Riigikantselei, lk 99
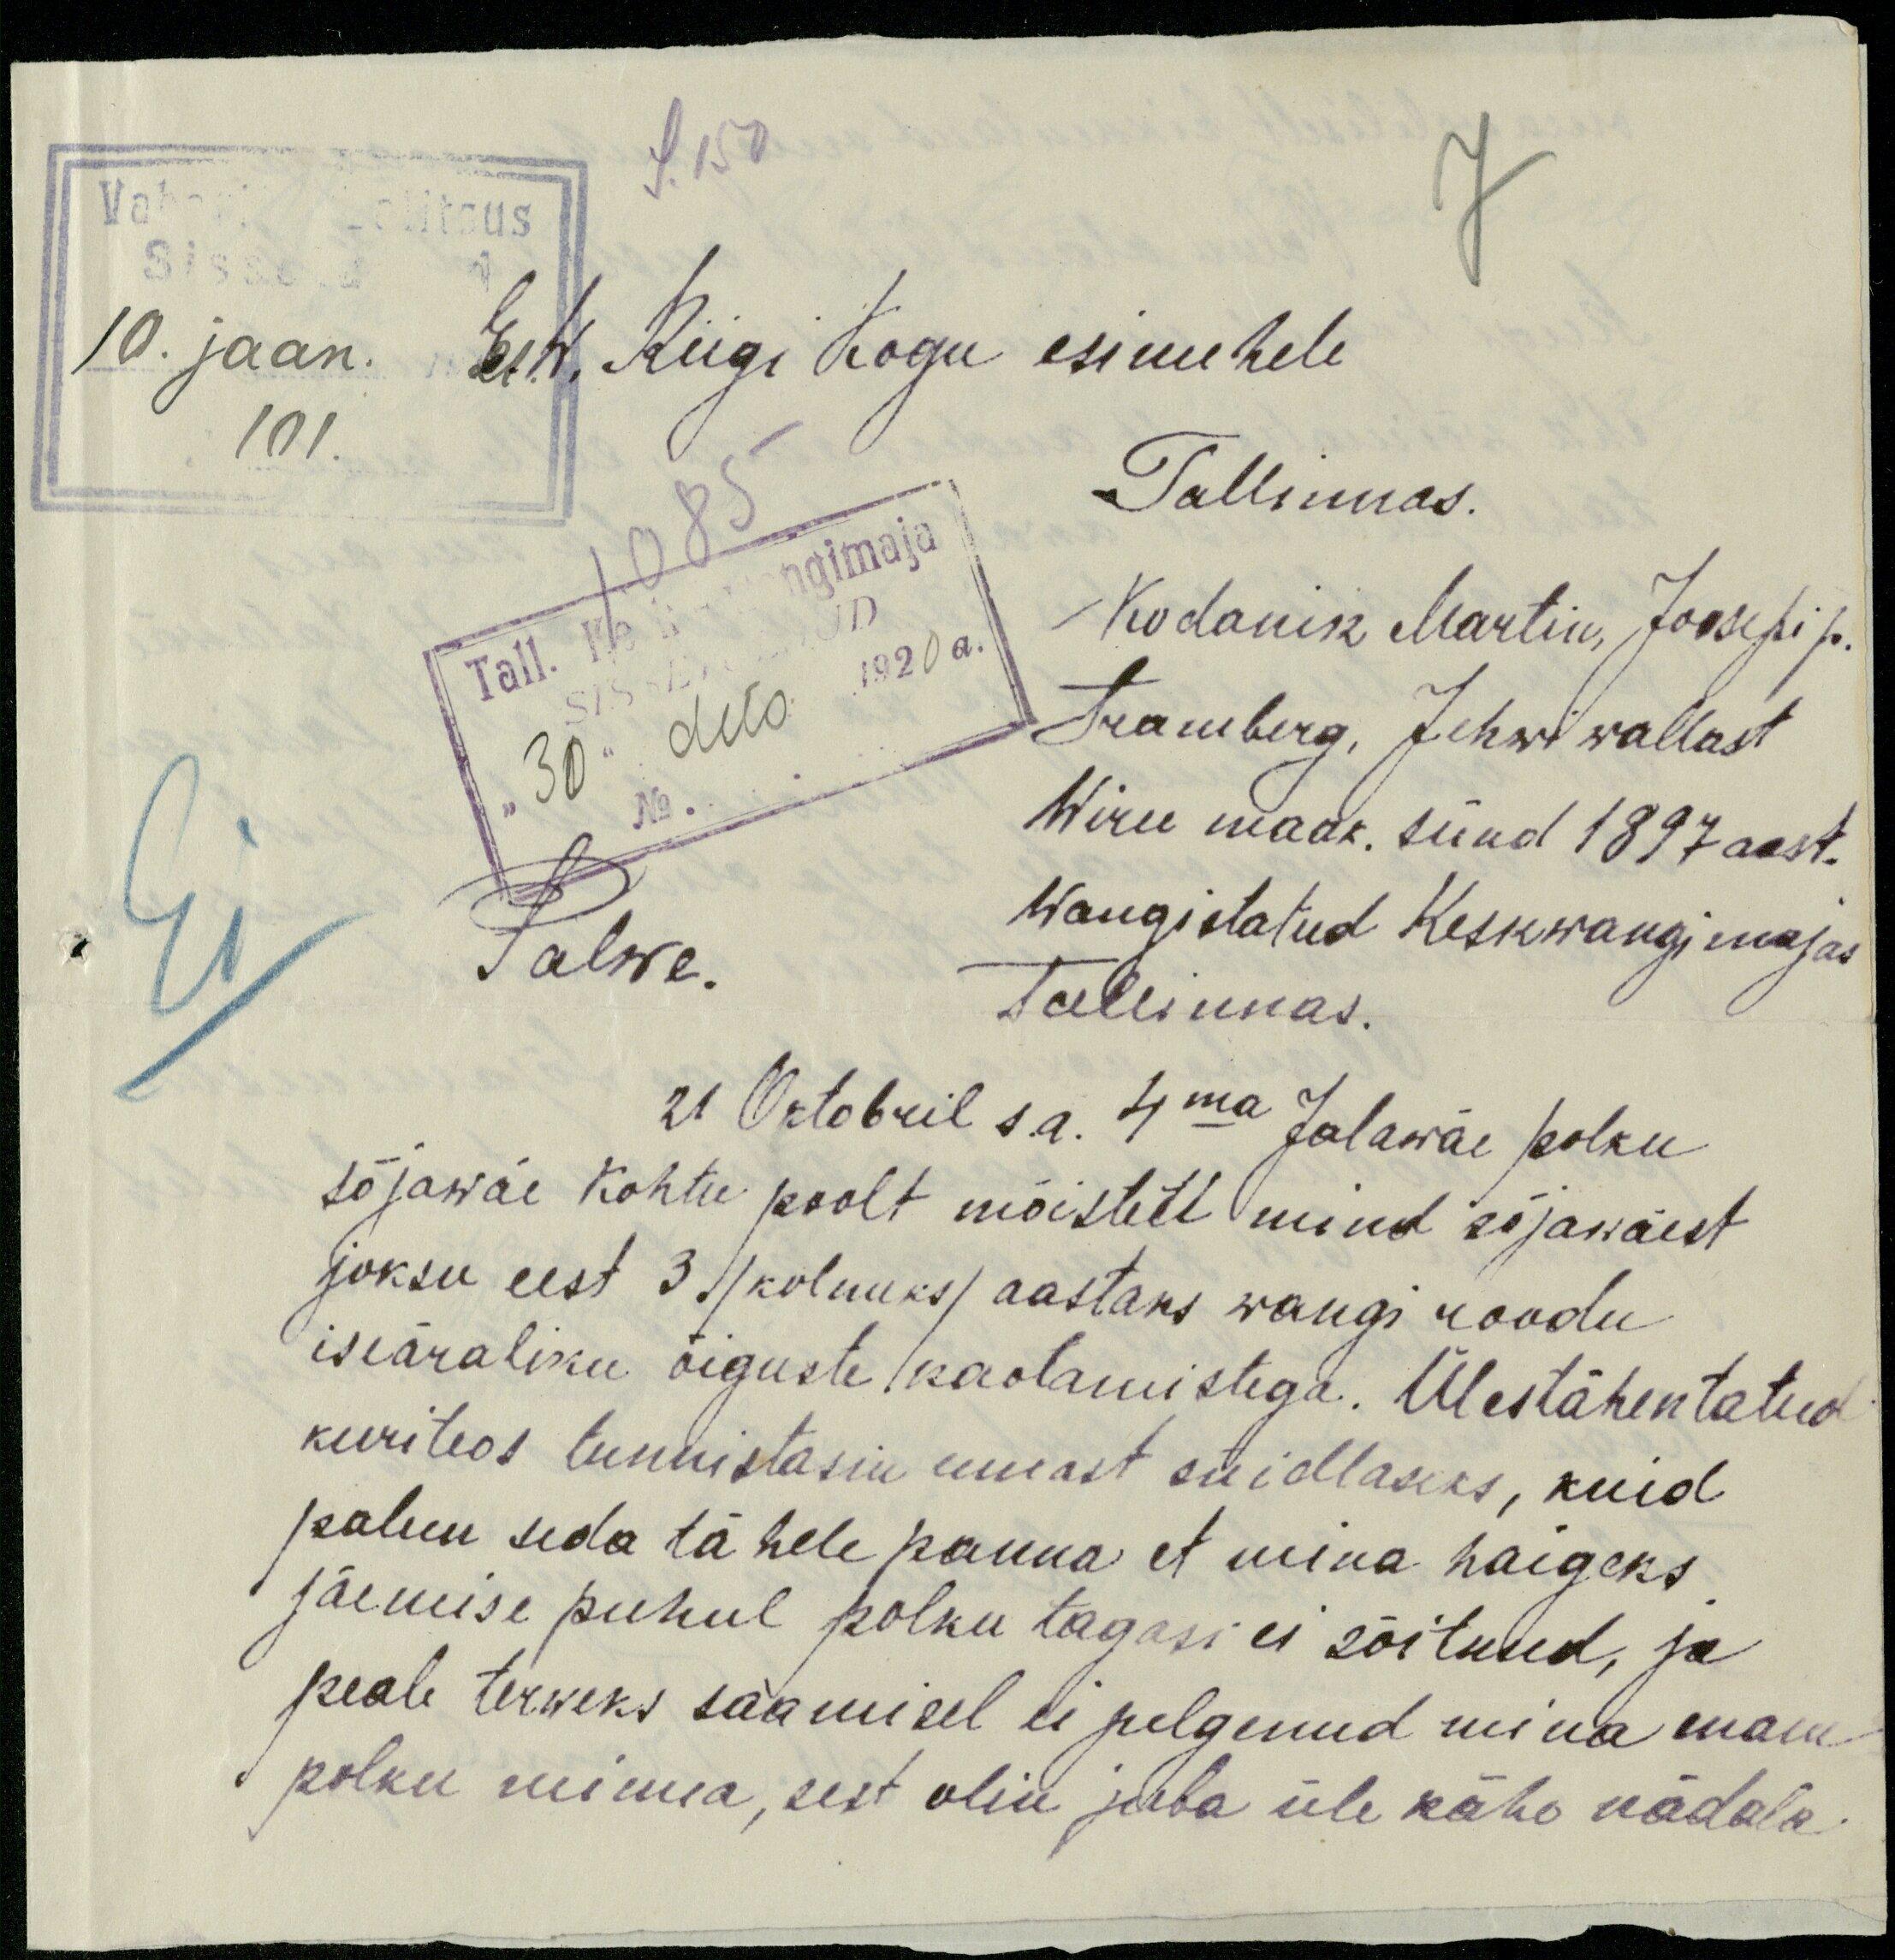
10. jaan.
E. W. Riigi Kogu esimehele
101.
Tallinnas.
Kodanik Martin, Joosepi p.
Tramberg, Jehwi wallast
"30" dets 1920 a.
Ei
No.
Wiru maak. sünd 1897 aast.
Wangistatud Keskwangi majas
Palwe.
Tallinnas.
21 Oktobril s.a. 4ma Jalawäe polku
sõjawäe Kohtu poolt mõisteti mind sõjawäest
joksu eest 3. /kolmeks/ aastaks wangi roodu
iseäraliku õiguste kaotamistega. Ülestähentatud
kuriteos tunnistasin ennast süidlaseks, kuid
palun seda tähele panna et mina haigeks
jäemise puhul polku tagasi ei sõitnud, ja
peale terweks saamisel ei pelgenud mina enam
polku minna, sest olin juba üle kähe nädala